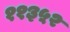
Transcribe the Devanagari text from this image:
११३५२